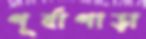
পূর্বাপাড়া